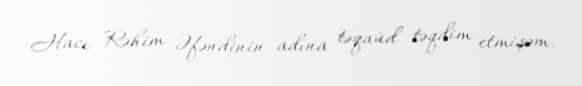
Hacı Rəhim Əfəndinin adına təqaüd təqdim etmişəm.